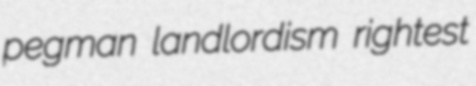
pegman landlordism rightest